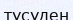
түсуден